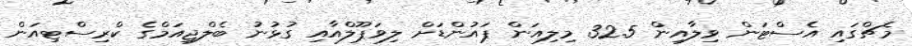
މެޗްގައި އެސްޓަން ވިލާއިން 32.5 މިލިއަން ޕައުންޑަށް ލިވަޕޫލްއާއި ގުޅުނު ބެލްޖިއަމްގެ ކްރިސްޓިއަން